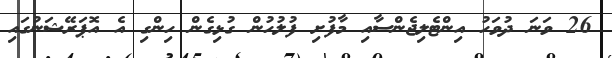
26 ވަނަ ދުވަހު އިންޓެލިޖެންސާއި މާފުށި ފުލުހުން ގުޅިގެން ހިންގި އެ އޮޕަރޭޝަނުގައި